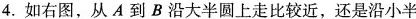
4.如右图，从A到B沿大半圆上走比较近，还是沿小半